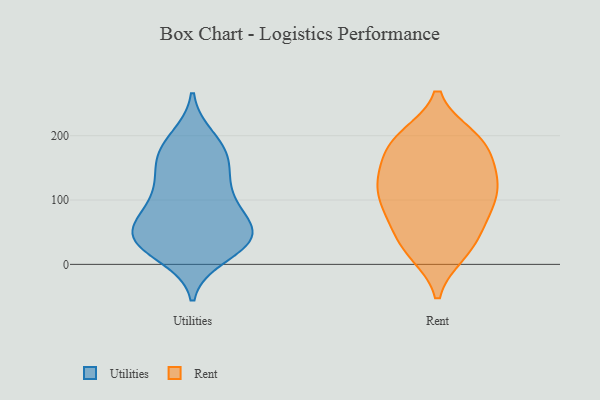
{"axis": {"x": "Satisfaction Score", "y": "Value"}, "legend": ["Rent", "Utilities"], "data": [{"x": "", "y": 33, "type": "Utilities"}, {"x": "", "y": 14, "type": "Utilities"}, {"x": "", "y": 136, "type": "Utilities"}, {"x": "", "y": 63, "type": "Utilities"}, {"x": "", "y": 186, "type": "Utilities"}, {"x": "", "y": 169, "type": "Utilities"}, {"x": "", "y": 155, "type": "Utilities"}, {"x": "", "y": 196, "type": "Utilities"}, {"x": "", "y": 106, "type": "Utilities"}, {"x": "", "y": 42, "type": "Utilities"}, {"x": "", "y": 55, "type": "Utilities"}, {"x": "", "y": 165, "type": "Utilities"}, {"x": "", "y": 70, "type": "Utilities"}, {"x": "", "y": 30, "type": "Utilities"}, {"x": "", "y": 101, "type": "Utilities"}, {"x": "", "y": 45, "type": "Utilities"}, {"x": "", "y": 41, "type": "Utilities"}, {"x": "", "y": 103, "type": "Utilities"}, {"x": "", "y": 35, "type": "Utilities"}, {"x": "", "y": 30, "type": "Rent"}, {"x": "", "y": 145, "type": "Rent"}, {"x": "", "y": 184, "type": "Rent"}, {"x": "", "y": 86, "type": "Rent"}, {"x": "", "y": 122, "type": "Rent"}, {"x": "", "y": 156, "type": "Rent"}, {"x": "", "y": 18, "type": "Rent"}, {"x": "", "y": 122, "type": "Rent"}, {"x": "", "y": 191, "type": "Rent"}, {"x": "", "y": 18, "type": "Rent"}, {"x": "", "y": 69, "type": "Rent"}, {"x": "", "y": 195, "type": "Rent"}, {"x": "", "y": 41, "type": "Rent"}, {"x": "", "y": 198, "type": "Rent"}, {"x": "", "y": 115, "type": "Rent"}, {"x": "", "y": 77, "type": "Rent"}, {"x": "", "y": 116, "type": "Rent"}, {"x": "", "y": 192, "type": "Rent"}, {"x": "", "y": 141, "type": "Rent"}, {"x": "", "y": 85, "type": "Rent"}]}